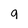
Character: q